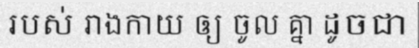
របស់ រាងកាយ ឲ្យ ចូល គ្នា ដូចជា